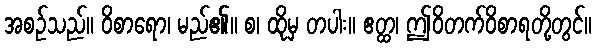
အစဉ်သည်။ ဝိစာရော၊ မည်၏။ စ၊ ထိုမှ တပါး။ ဧတ္ထ၊ ဤဝိတက်ဝိစာရတို့တွင်။